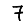
Digit: 7